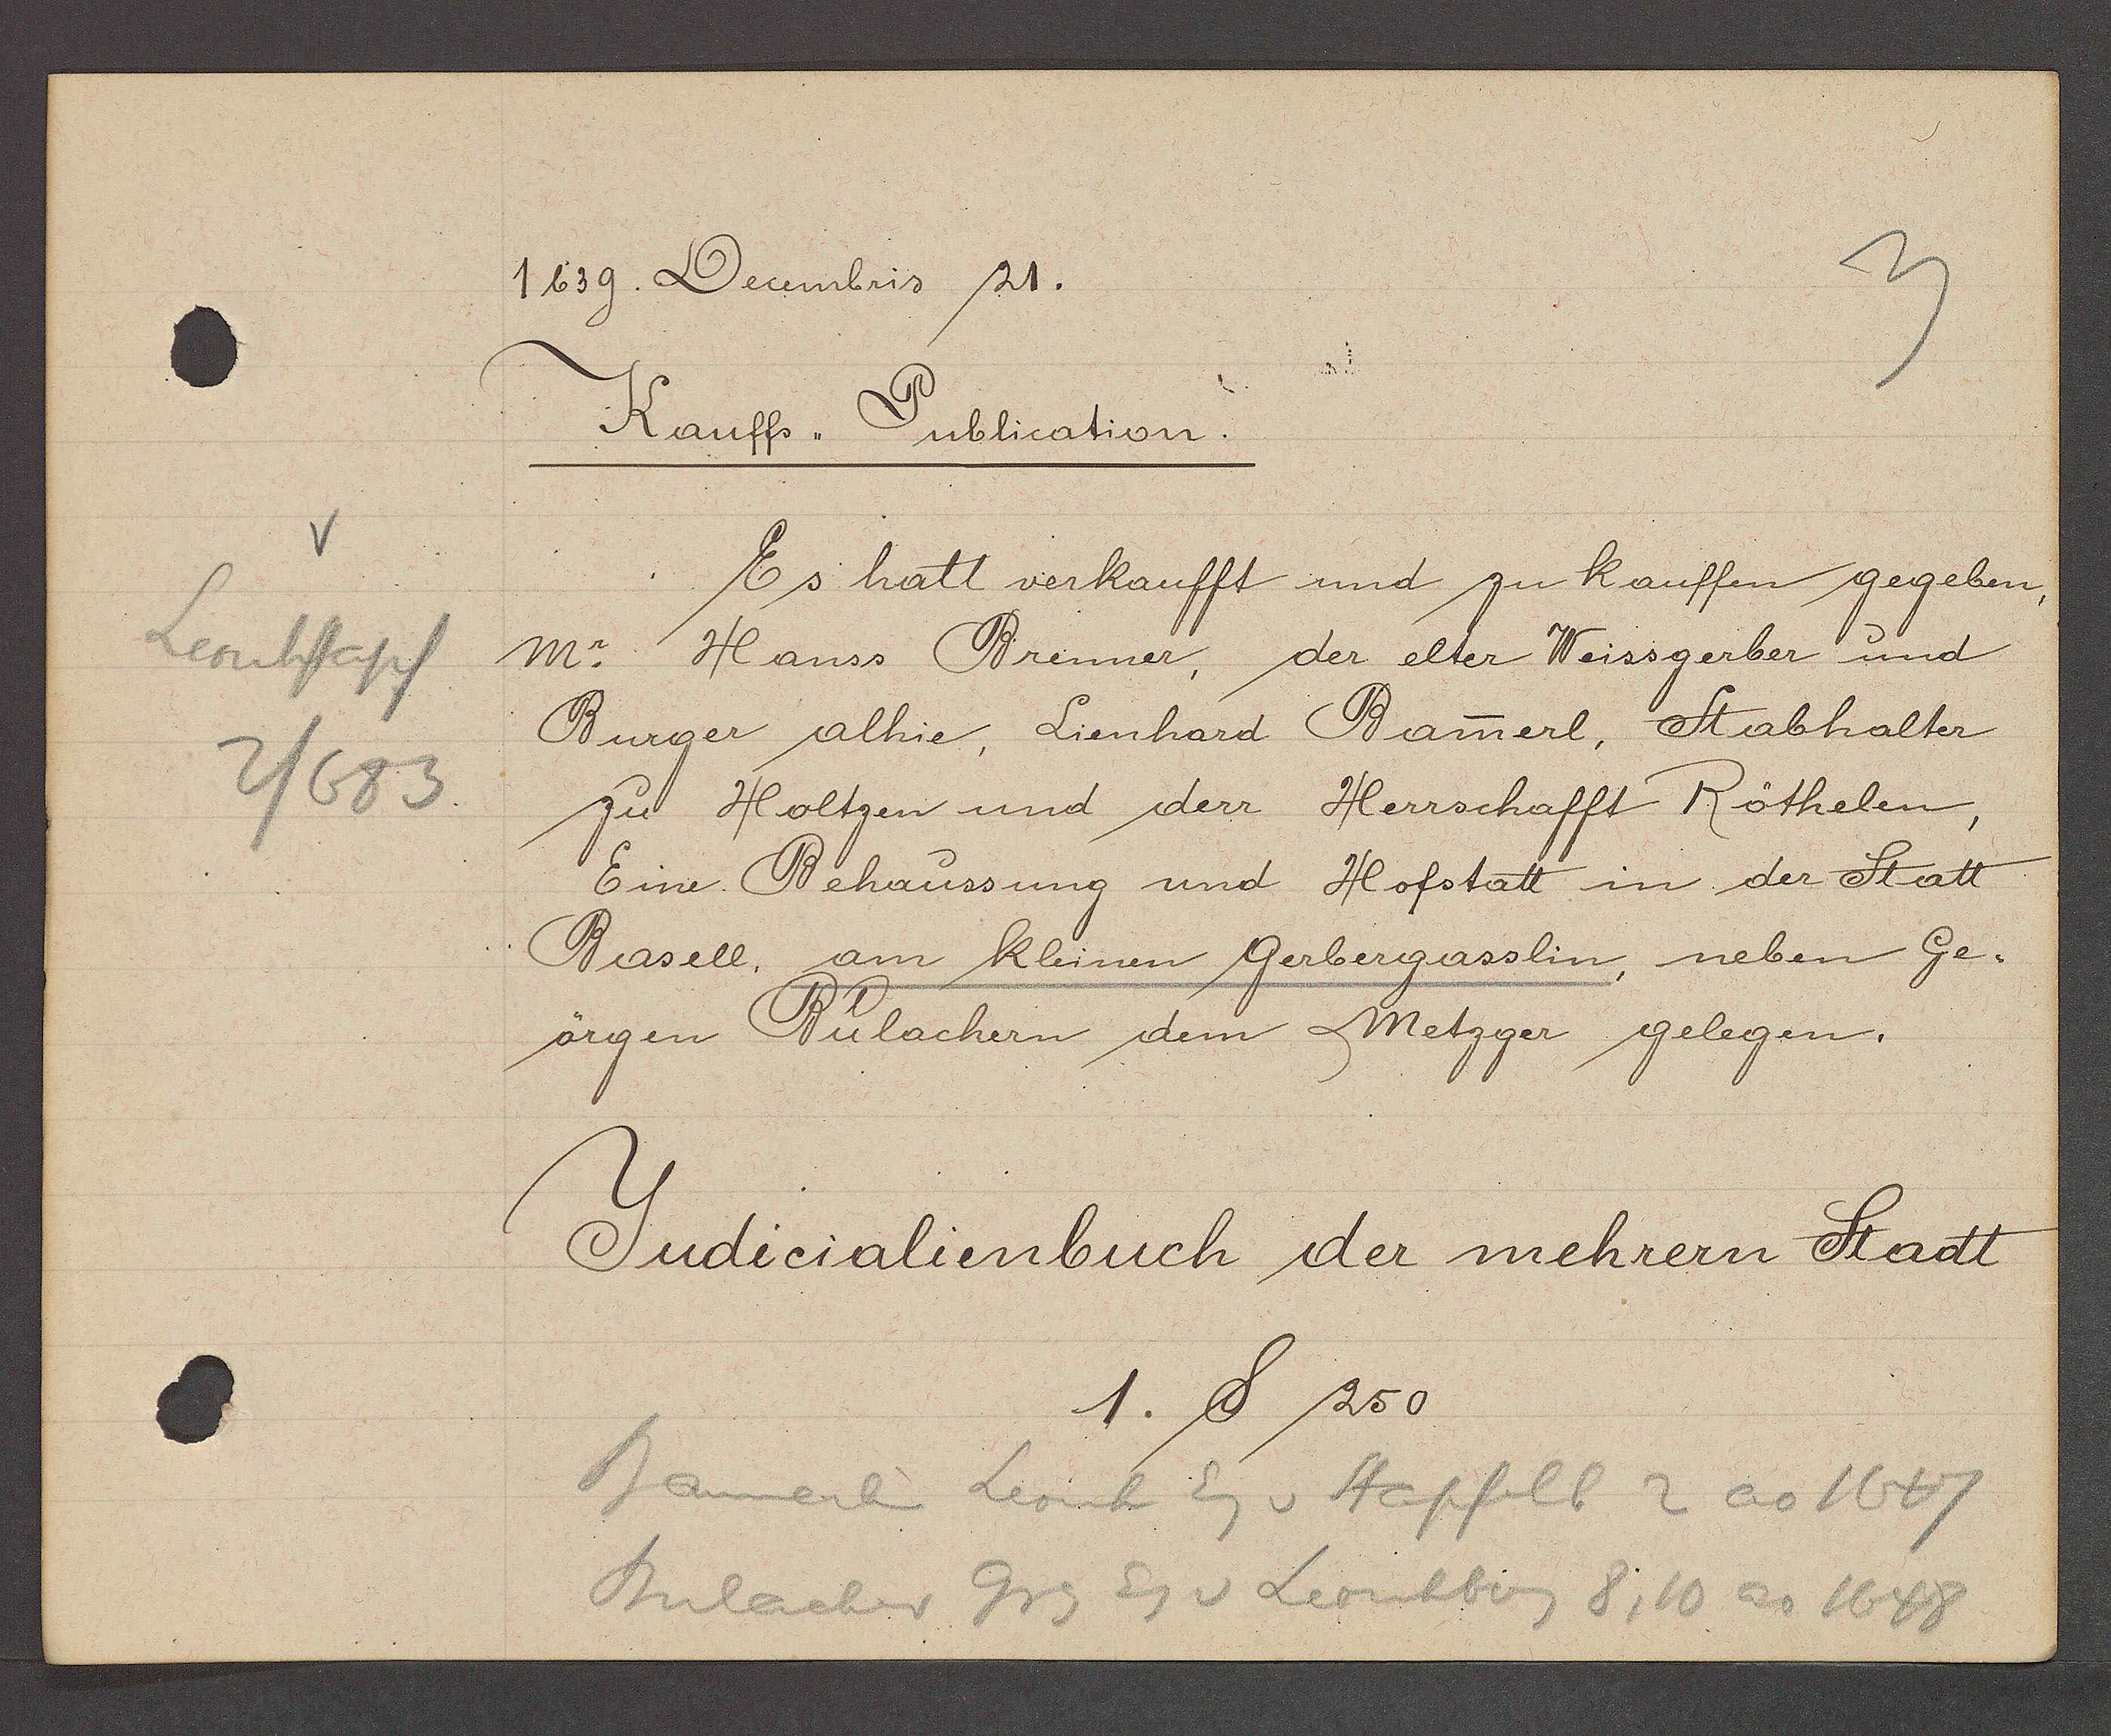
Transcript:
V
Leonhstapf
2/683

1639. Decembris 21.

Kauffs-Publication.
Es hatt verkaufft und zu kauffen gegeben,
Mr Hanss Brenner, der elter Weissgerber und
Burger alhie, Lienhard Bamerl, Stabhalter
zu Holtzen und derr Herrschafft Röthelen,
Eine Behaussung und Hofstatt in der Statt
Basell, am kleinen Gerbergasslin, neben Ge¬
örgen Bülachern dem Metzger gelegen.

Judicialienbuch der mehrern Stadt
1. S 250

Bamerlin Leonh Eg v Stapfelb 2 ao 1667
Bulacher Grg Eg v Leonhberg 8,10 ao 1648